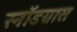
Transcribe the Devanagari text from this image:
स्नॉडग्रास